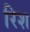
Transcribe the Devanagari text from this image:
रिश